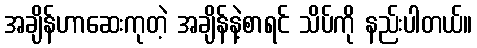
အချိန်ဟာဆေးကုတဲ့ အချိန်နဲ့စာရင် သိပ်ကို နည်းပါတယ်။